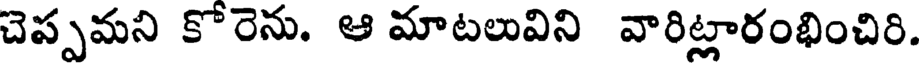
చెప్పమని కోరెను. ఆ మాటలువిని వారిట్లారంభించిరి.